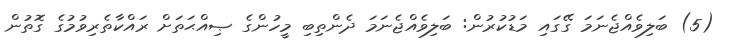
(5) ބަލިވެއްޖެނަމަ ގޭގައި މަޑުކުރުން: ބަލިވެއްޖެނަމަ ދެންތިބި މީހުންގެ ޞިއްޙަތަށް ރައްކާތެރިވުމުގެ ގޮތުން